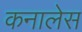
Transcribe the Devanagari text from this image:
कनालेस